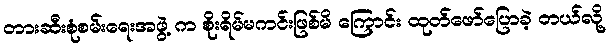
တားဆီးစုံစမ်းရေးအဖွဲ့ က စိုးရိမ်မကင်းဖြစ်မိ ကြောင်း ထုတ်ဖော်ပြောခဲ့ တယ်လို့